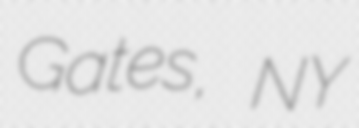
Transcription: Gates, NY